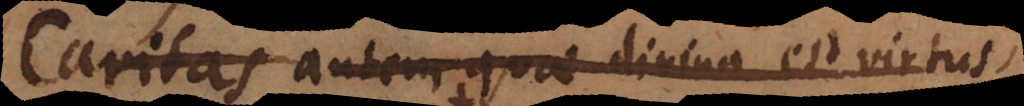
Caritas autem quae divina est virtus,